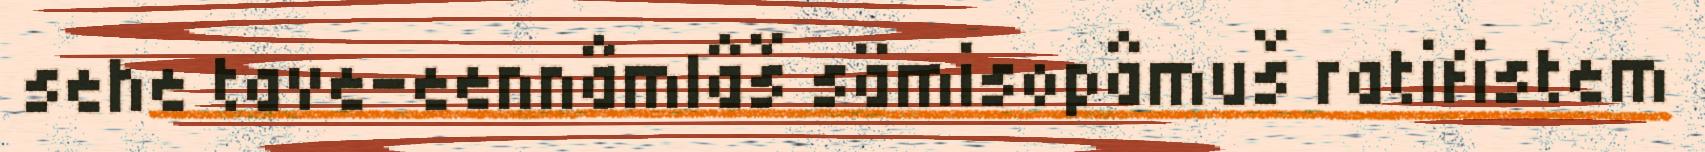
sehe tave-eennâmlâš sämisopâmuš ratifistem